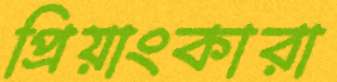
প্রিয়াংকারা